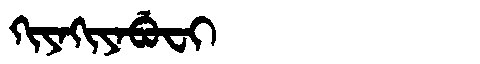
Manchu: ᡴᡳᠶᠠᡴᡳᠶᠠᠪᡠᠸᡳ
Romanization: KIYAKIYABUFI